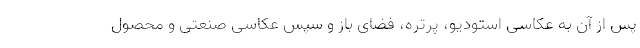
پس از آن به عکاسی استودیو، پرتره، فضای باز و سپس عکاسی صنعتی و محصول